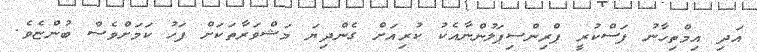
އަދި އިމްތިހާނު ފަސްކުރީ ޕްްރިންސިޕަލުންނާއެކު ކުރިއަށް ގެންދިޔަ މަޝްވަރާތަކަށް ފަހު ކަމަށްވެސް ބުންޏެވެ.